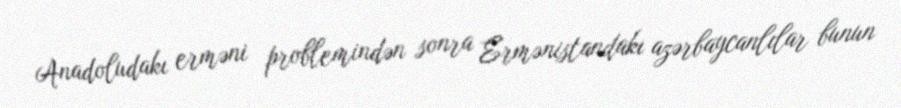
Anadoludakı erməni problemindən sonra Ermənistandakı azərbaycanlılar bunun